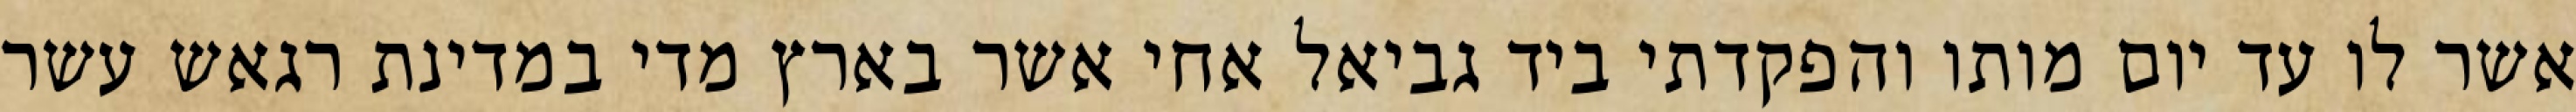
אשר לו עד יום מותו והפקדתי ביד גביאל אחי אשר בארץ מדי במדינת רגאש עשר